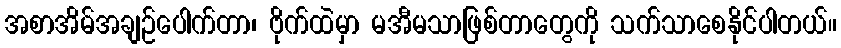
အစာအိမ်အချဉ်ပေါက်တာ၊ ဗိုက်ထဲမှာ မအီမသာဖြစ်တာတွေကို သက်သာစေနိုင်ပါတယ်။